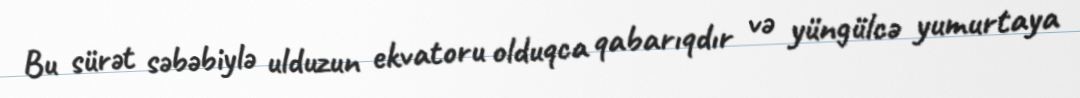
Bu sürət səbəbiylə ulduzun ekvatoru olduqca qabarıqdır və yüngülcə yumurtaya